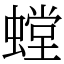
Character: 螳